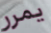
يمرر